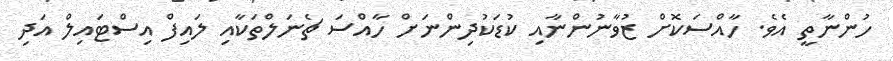
ހުންނާތީ އެވެ. ހާއްސަކޮށް ޒުވާނުންނާއި ކުޑަކުދިންނަށް ހާއްސަ ޗެނަލްތަކާއި ލައިފް އިސްޓައިލް އަދި